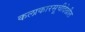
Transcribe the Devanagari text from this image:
कलाकारसूचीदेखील